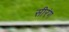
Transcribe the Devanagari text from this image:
सीरंग